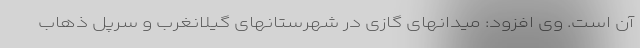
آن است. وی افزود: میدانهای گازی در شهرستانهای گیلانغرب و سرپل ذهاب